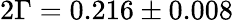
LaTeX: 2\Gamma=0.216\pm 0.008